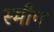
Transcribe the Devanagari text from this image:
स्मीप